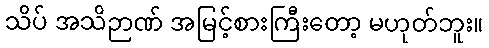
သိပ် အသိဉာဏ် အမြင့်စားကြီးတော့ မဟုတ်ဘူး။